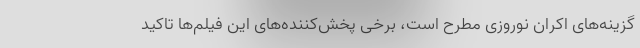
گزینه‌های اکران نوروزی مطرح است، برخی پخش‌کننده‌های این فیلم‌ها تاکید